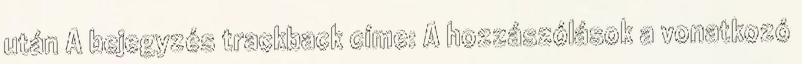
után A bejegyzés trackback címe: A hozzászólások a vonatkozó